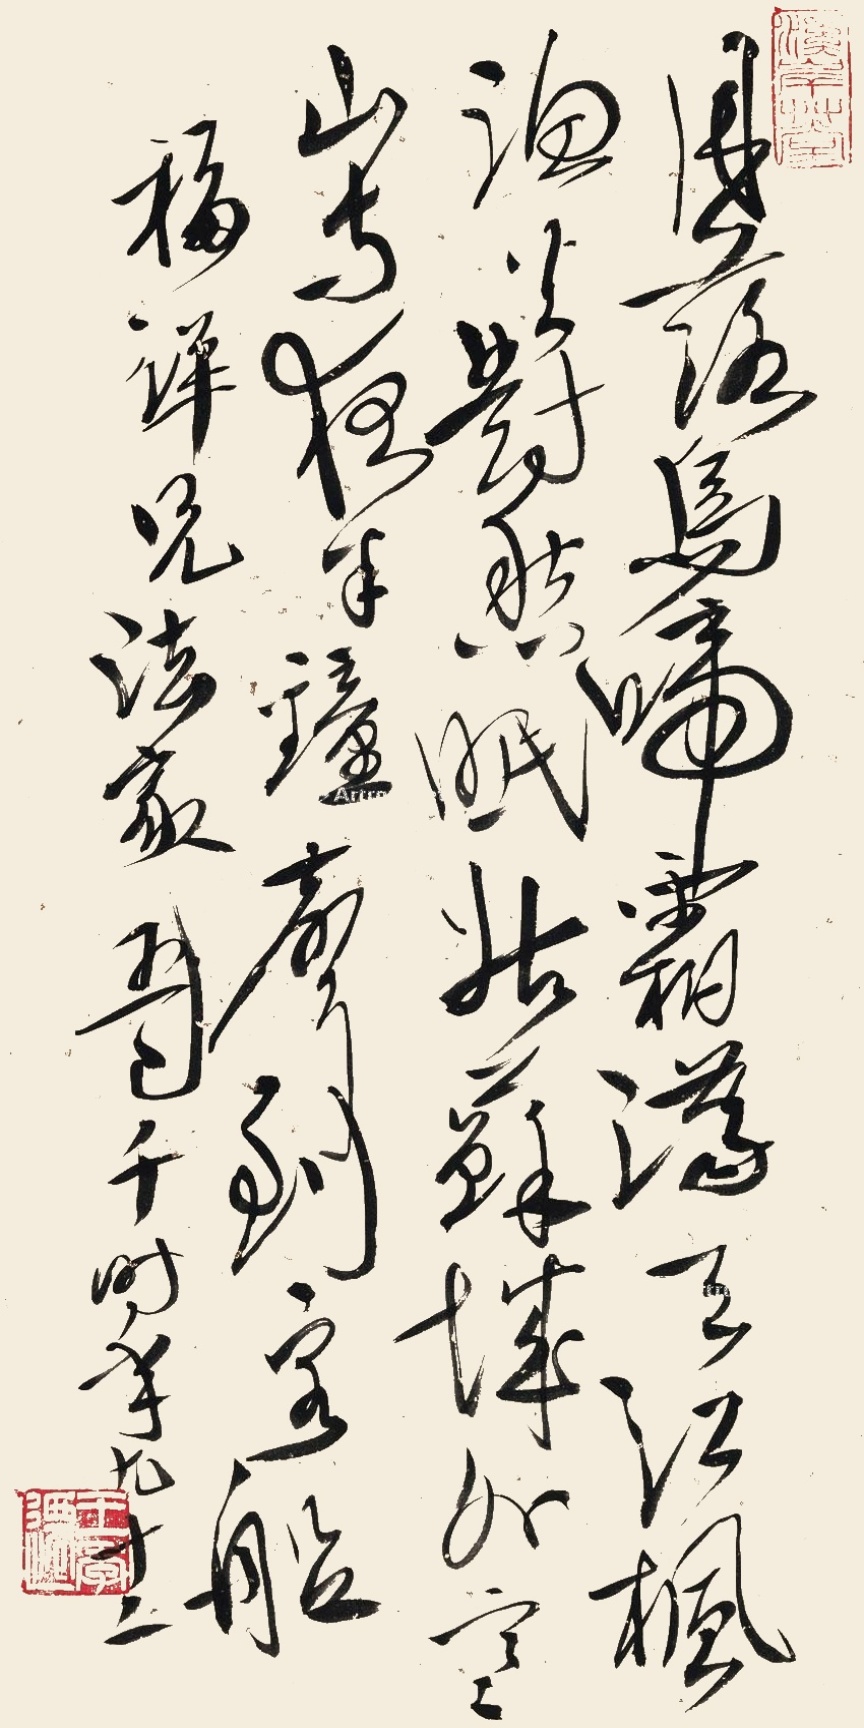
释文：月落乌啼霜满天，江枫渔火对愁眠。姑苏城外寒山寺，夜半钟声到客船。福祥兄法教。王己千时年九十二。